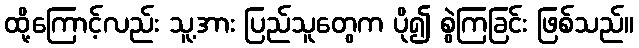
ထို့ကြောင့်လည်း သူ့အား ပြည်သူတွေက ပို၍ စွဲကြခြင်း ဖြစ်သည်။